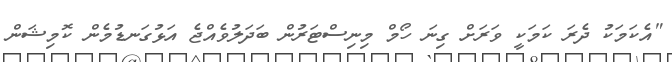
"އެކަމަކު ދެރަ ކަމަކީ ވަރަށް ގިނަ ހޯމް މިނިސްޓަރުން ބަދަލުވެއްޖެ އަޅުގަނޑުމެން ކޮމިޝަން